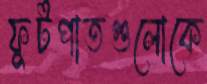
ফুটপাতগুলোকে